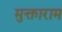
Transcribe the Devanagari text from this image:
मुक्ताराम